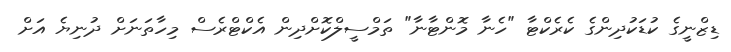
ޑިޒްނީގެ ކުޑަކުދިންގެ ކެރެކްޓާ "ހެނާ މޮންޓާނާ" ތަމްސީލްކޮށްދިން އެކްޓްރެސް މިހާތަނަށް ދުނިޔެ އަށް